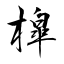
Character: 槹